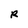
Character: R